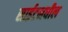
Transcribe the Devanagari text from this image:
साईटमधील